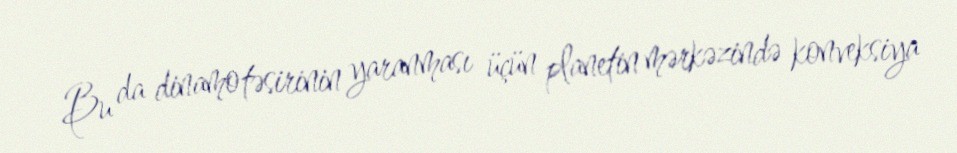
Bu da dinamo təsirinin yaranması üçün planetin mərkəzində konveksiya